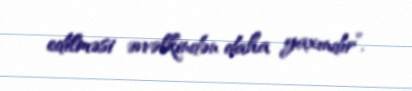
edilməsi əvvəlkindən daha yaxındır”.